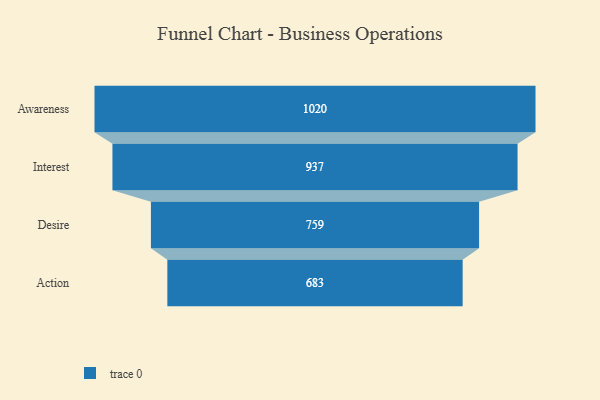
{"axis": {"x": "Stage", "y": "Value"}, "legend": [""], "data": [{"x": "Awareness", "y": 1020.0, "type": ""}, {"x": "Interest", "y": 937.0, "type": ""}, {"x": "Desire", "y": 759.0, "type": ""}, {"x": "Action", "y": 683.0, "type": ""}]}